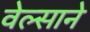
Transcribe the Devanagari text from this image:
वेल्साने